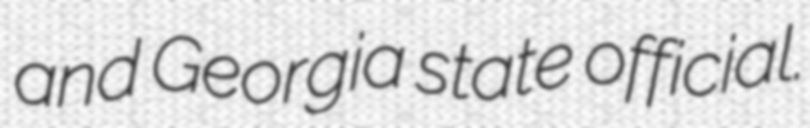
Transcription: and Georgia state official.